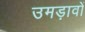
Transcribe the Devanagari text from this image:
उमड़ावों